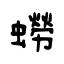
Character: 蟧